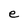
Character: e